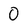
Character: 0